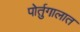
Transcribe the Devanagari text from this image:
पोर्तुगालात